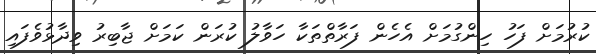
ކުރުމަށް ފަހު ހިންގުމަށް އެހެން ފަރާތްތަކާ ހަވާލު ކުރަން ކަމަށް ޖާބިރު ވިދާޅުވެފައި